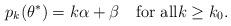
LaTeX: \begin{align*} p_k(\theta^*)=k\alpha+\beta\quad\textrm{for all}k\ge k_0. \end{align*}